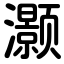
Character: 灏